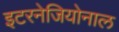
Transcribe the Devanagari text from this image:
इटरनेजियोनाल